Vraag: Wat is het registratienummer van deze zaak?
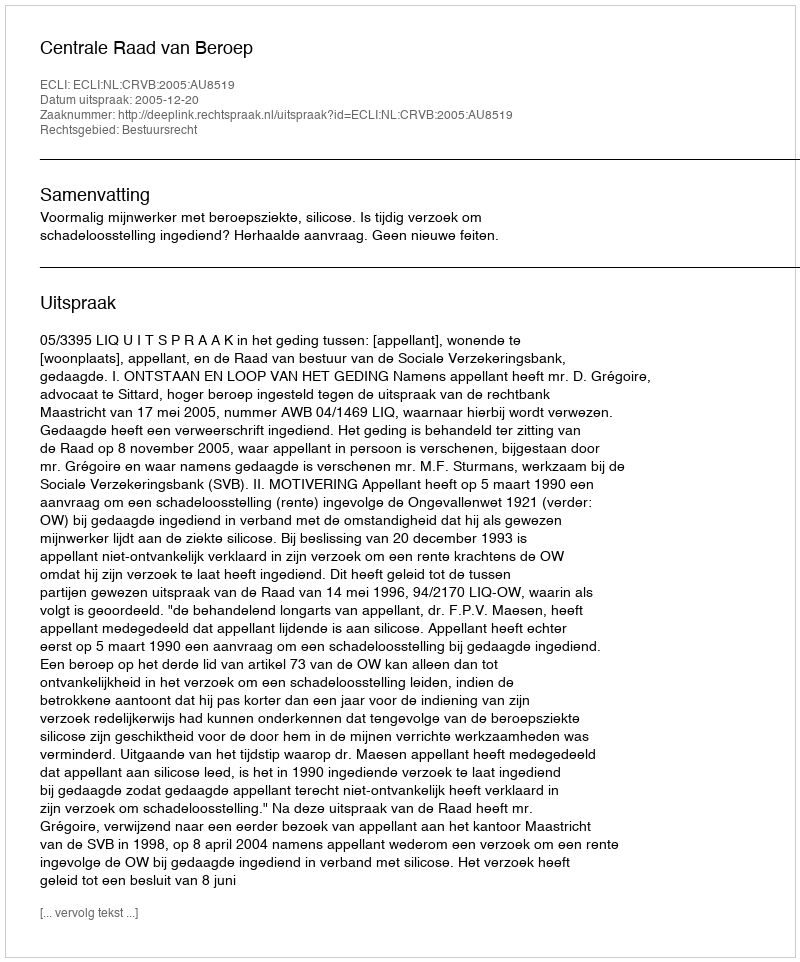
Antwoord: http://deeplink.rechtspraak.nl/uitspraak?id=ECLI:NL:CRVB:2005:AU8519